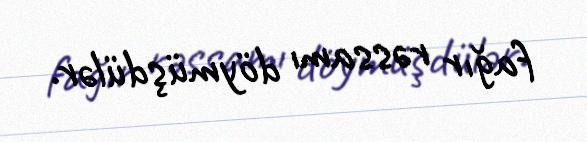
fağır rəssamı döymüşdülər.